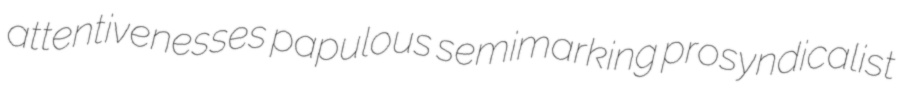
attentivenesses papulous semimarking prosyndicalist